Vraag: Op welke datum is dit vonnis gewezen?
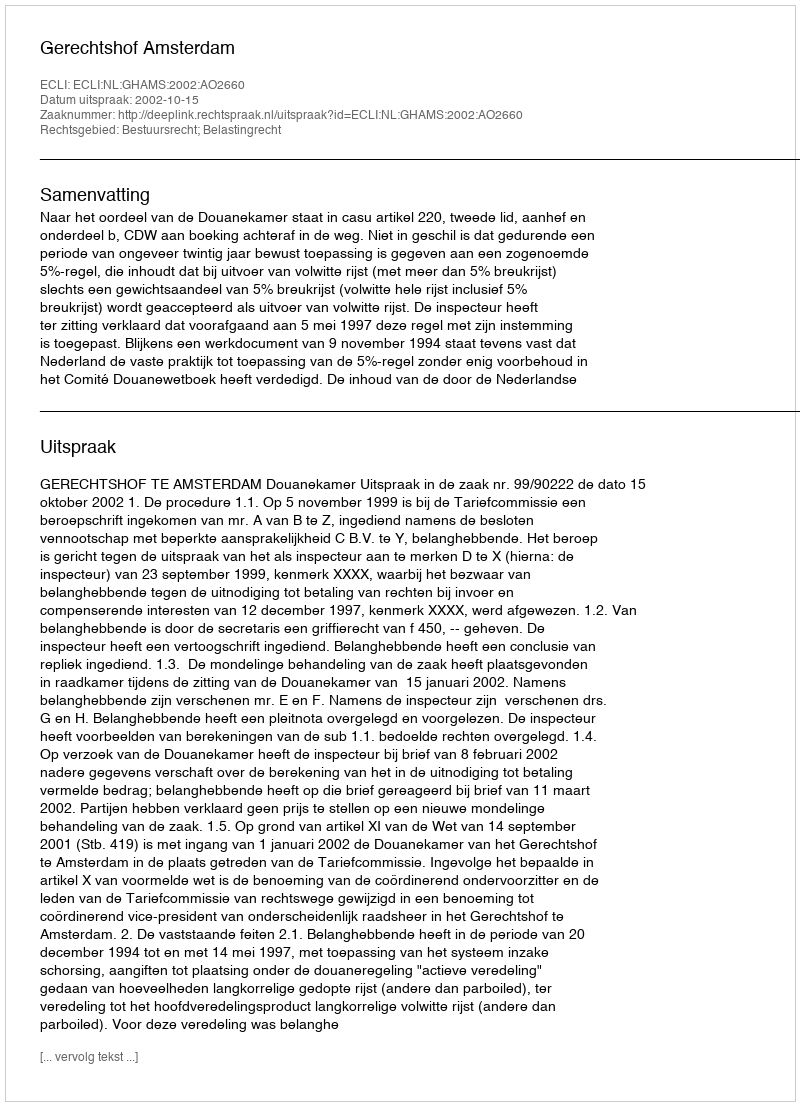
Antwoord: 2002-10-15